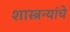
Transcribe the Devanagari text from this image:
शास्त्रन्यांचे